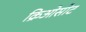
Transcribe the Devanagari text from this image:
क्रिओसोट